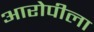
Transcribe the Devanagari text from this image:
आरोपीला